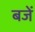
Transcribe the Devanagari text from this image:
बजें